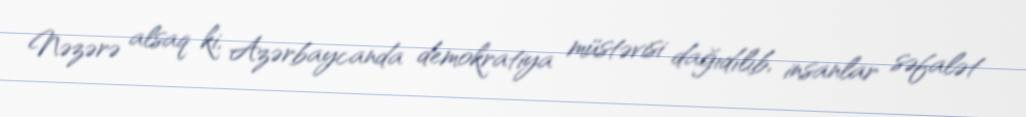
Nəzərə alsaq ki, Azərbaycanda demokratiya müstəvisi dağıdılıb, insanlar səfalət